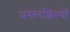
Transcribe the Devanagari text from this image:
प्रस्तरशिल्पों